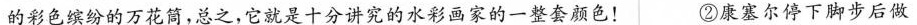
的彩色缤纷的万花筒，总之，它就是十分讲究的水彩画家的一整套颜色！ ②康塞尔停下脚步后做